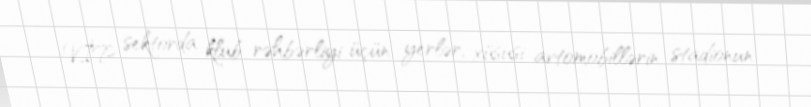
VİP sektorda klub rəhbərliyi üçün yerlər, xüsusi avtomobillərin stadionun